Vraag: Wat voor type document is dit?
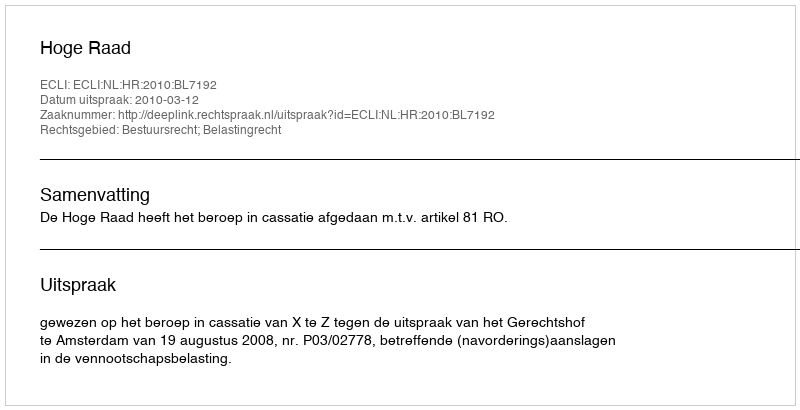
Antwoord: Uitspraak